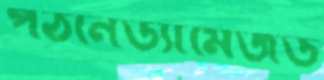
পঠনেড্যামেজড